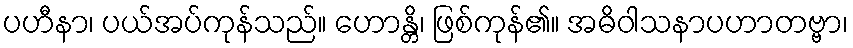
ပဟီနာ၊ ပယ်အပ်ကုန်သည်။ ဟောန္တိ၊ ဖြစ်ကုန်၏။ အဓိဝါသနာပဟာတဗ္ဗာ၊